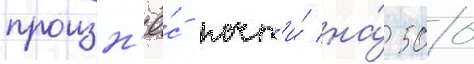
произн'ё́с почт'и́ на́ 500